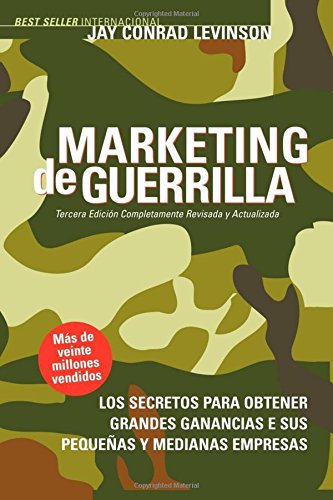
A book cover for Marketing de Guerrilla (Spanish Edition); Jay Conrad Levinson; Business & Money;